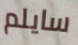
سايلم